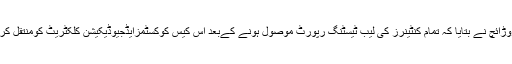
ڈاکٹرسرفرازوڑائچ نے بتایا کہ تمام کنٹینرز کی لیب ٹیسٹنگ رپورٹ موصول ہونے کےبعد اس کیس کوکسٹمزایڈجیوڈیکیشن کلکٹریٹ کومنتقل کردیا جائے گا۔